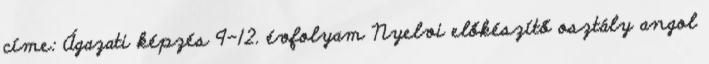
címe: Ágazati képzés 9-12. évfolyam Nyelvi előkészítő osztály angol